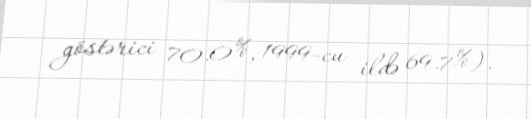
göstərici 70.0%, 1999-cu ildə 69.7%).